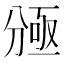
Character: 𠔠